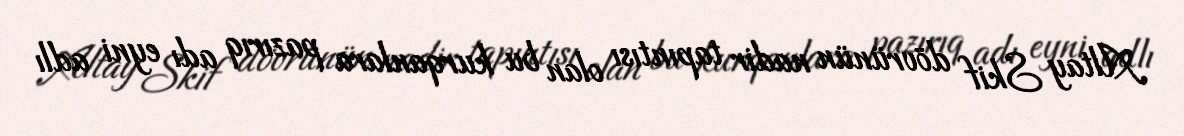
Altay Skif dövrünün nadir tapıntısı olan bu kurqanlara pazırıq adı eyni adlı